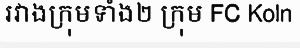
រវាងក្រុមទាំង២ ក្រុម FC Koln